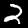
Label: 2